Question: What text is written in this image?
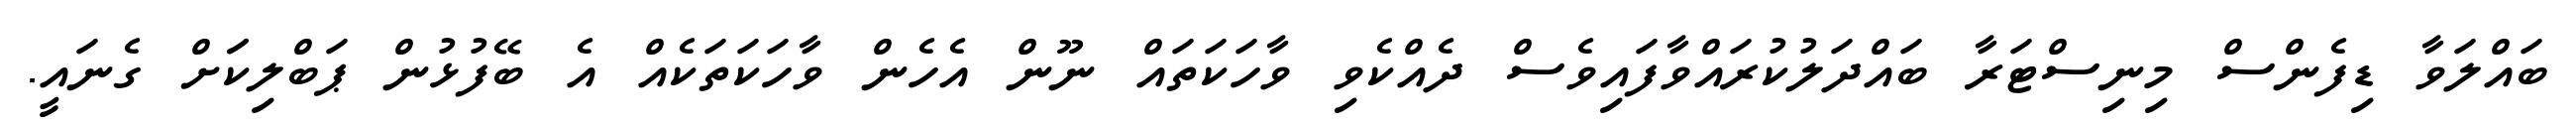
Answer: ބައްލަވާ ޑިފެންސް މިނިސްޓަރާ ބައްދަލުކުރައްވާފައިވެސް ދެއްކެވި ވާހަކަތައް ނޫން އެހެން ވާހަކަތަކެއް އެ ބޭފުޅުން ޕަބްލިކަަށް ގެނައީ.